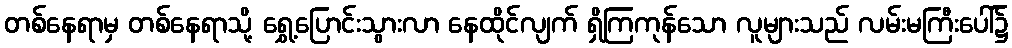
တစ်နေရာမှ တစ်နေရာသို့ ရွှေ့ပြောင်းသွားလာ နေထိုင်လျက် ရှိကြကုန်သော လူများသည် လမ်းမကြီးပေါ်၌